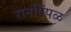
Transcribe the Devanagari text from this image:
रानपिंपळ